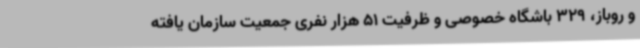
و روباز، 329 باشگاه خصوصی و ظرفیت 51 هزار نفری جمعیت سازمان یافته